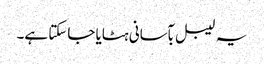
یہ لیبل بآسانی ہٹایا جاسکتا ہے۔